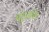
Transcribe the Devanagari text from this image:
बहुतांस